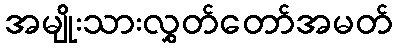
အမျိုးသားလွှတ်တော်အမတ်